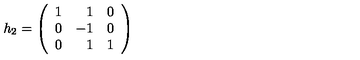
h _ { 2 } = \left( \begin{array} { r r r } { 1 } & { 1 } & { 0 } \\ { 0 } & { - 1 } & { 0 } \\ { 0 } & { 1 } & { 1 } \\ \end{array} \right)